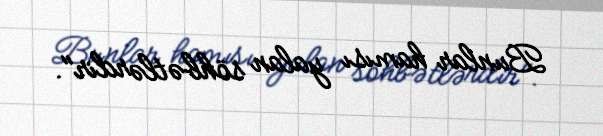
Bunlar hamısı yalan söhbətlərdir".